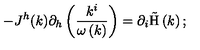
- J ^ { h } ( k ) \partial _ { h } \left( \frac { k ^ { i } } { \omega \left( k \right) } \right) = \partial _ { i } \mathrm { \tilde { H } } \left( k \right) ;